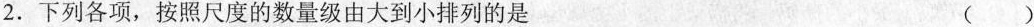
2.下列各项，按照尺度的数量级由大到小排列的是 ()